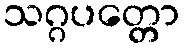
သဂ္ဂပတ္တော